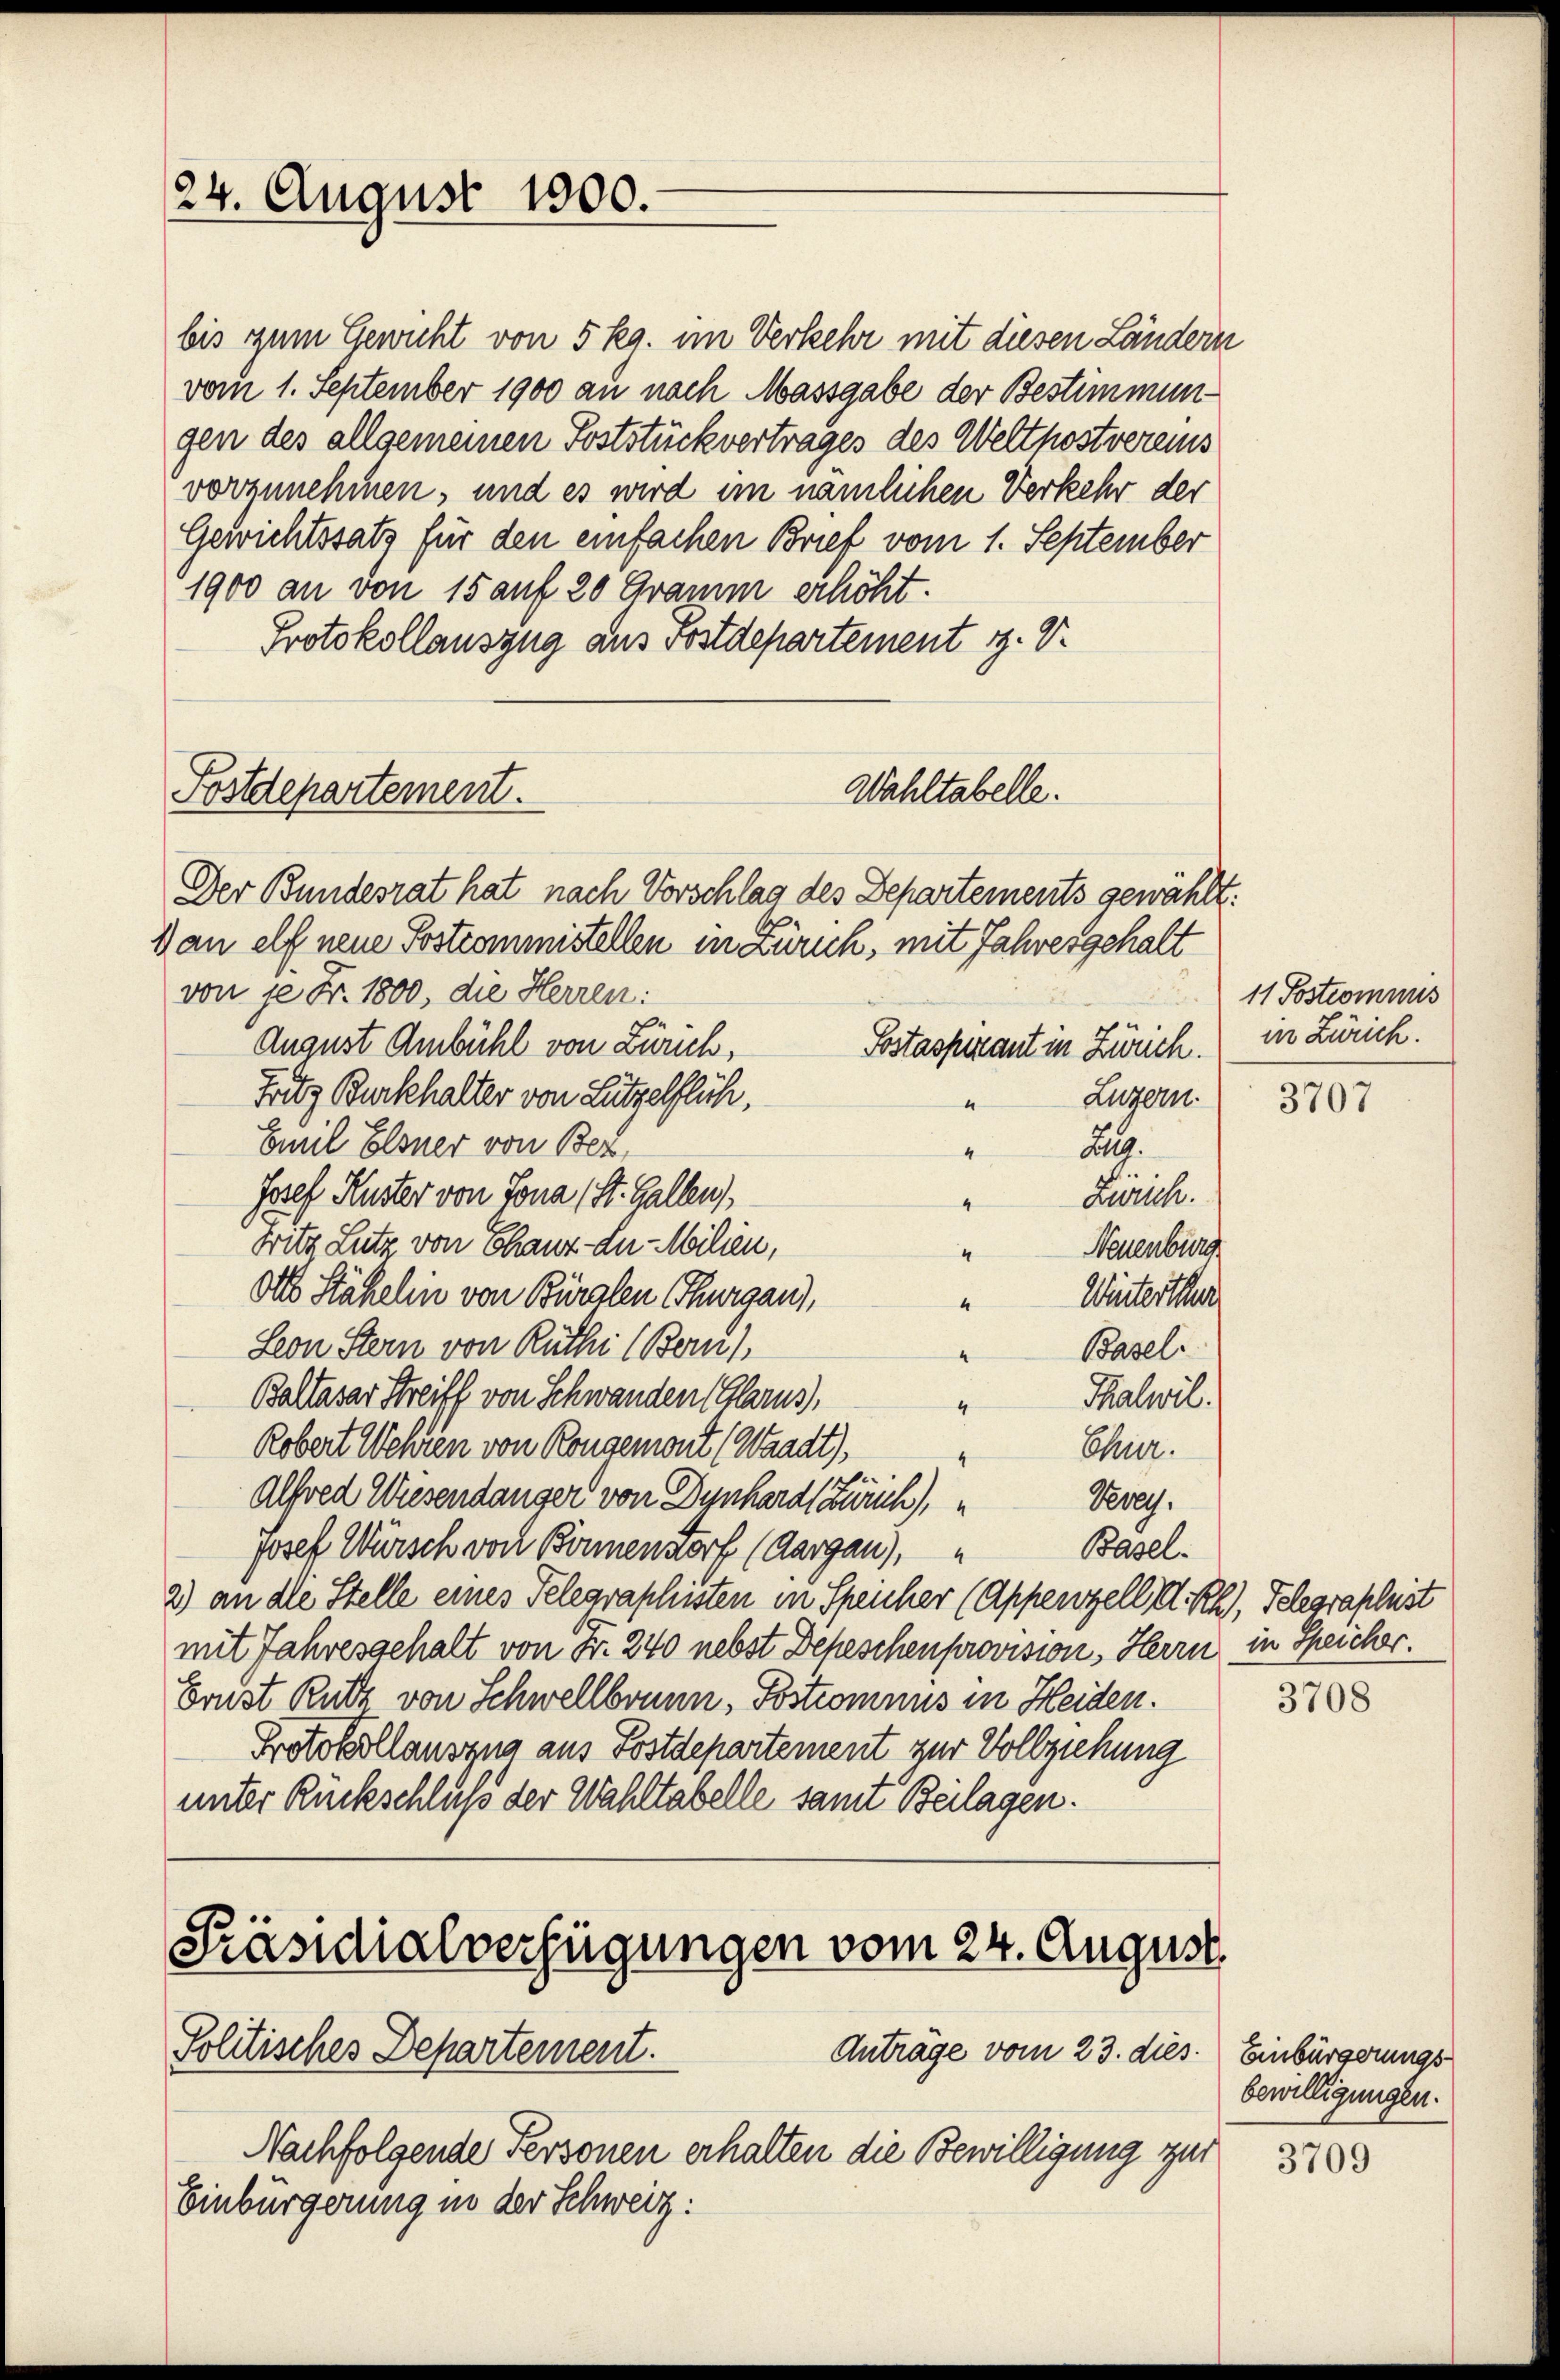
24. August 1900.

bis zum Gewicht von 5 kg. im Verkehr mit diesen Ländern
vom 1. September 1900 an nach Massgabe der Bestimmungen des allgemeinen Poststück vertrages des Welthostvereins
vorzunehmen, und es wird im nämlichen Verkehr der
Gewichtssatz für den einfachen Brief vom 1. September
1900 an von 15 auf 20 Gramm erhöht.
Protokollauszug aus Postdepartement z. V.
Der Bundesrat hat nach Vorschlag des Departements gewählt:
1 an elf neue Postcommistellen in Zürich, mit Jahresgehalt
von je Fr. 1800, die Herren:
Sostasperant in Zürich.) in Zürich.
August Ambühl von Zürich,
Fritz Burckhalter von Lützelflich,
Luzern.
Emil Elsner von Ber
Zulg.
4
.
Josef Kuster von Tona (St. Gallen,
Zürich.
4
Fritz Lutz von Chauz-Lu-Milien,
Neuenburg
Alls Stähelin von Bürglen (Thurgau),
Winterthur
“
Seon Stern von Rüthi (Bern),
Basel.
Baltasar Streiff von Schwanden Glarus),
Thalwil.
Robert Wehren von Rongemut (Waadt),
Chur.
4
e
Alfred Wiesendanger von Dynhardliturich),
Berry,
Basel.
Josef Würsch von Bonnendorf (Aargau),
2) an die Stelle eines Telegraphisten in Speicher (Appenzell I.Rh., Telegraphist
mit Jahresgehalt von Fr. 240 nebst Depeschenprovision, Herrn in Speicher.
Brust Rutz von Schwellbrunn, Postcomnus in Heiden.
Protokollauszug aus Postdepartement zur Vollziehung
unter Rückschluß der Wahltabelle samt Beilagen.

Postdepartement.

Wahltabelle.

Präsidialverfügungen vom 24. August
Politisches Departement.
Anträge vom 23. dies. Einbürgerungs

Nachfolgende Personen erhalten die Bewilligung zur
Einbürgerung in der Schweiz:

11. Postcommis

bewilligungen.

3707

3708

3709